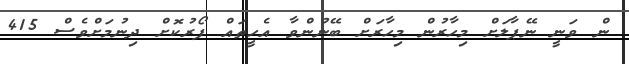
ން ވަނީ ނޭޕާލަށް މިހާރުން މިހާރަށް ބޭނުންވާ އެހީތައް ފޯރުކޮށް ދިނުމަށްވެސް 415